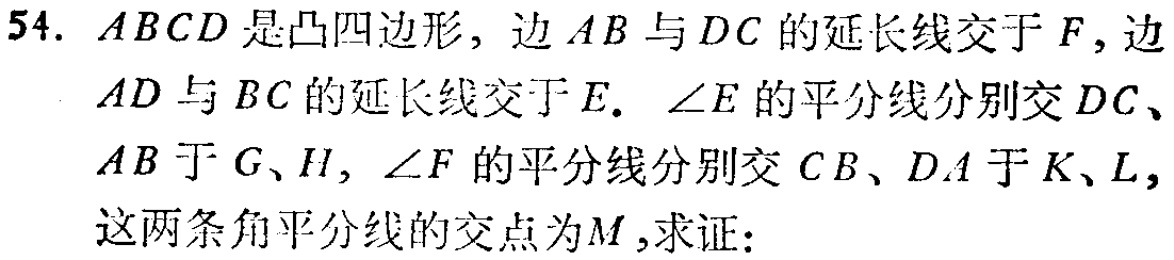
54. \(ABCD\)是凸四边形，边\(AB\)与\(DC\)的延长线交于\(F\)，边\(AD\)与\(BC\)的延长线交于\(E\). \(\angle E\)的平分线分别交\(DC\)、\(AB\)于\(G\)、\(H\)，\(\angle F\)的平分线分别交\(CB\)、\(DA\)于\(K\)、\(L\)，这两条角平分线的交点为\(M\)，求证：